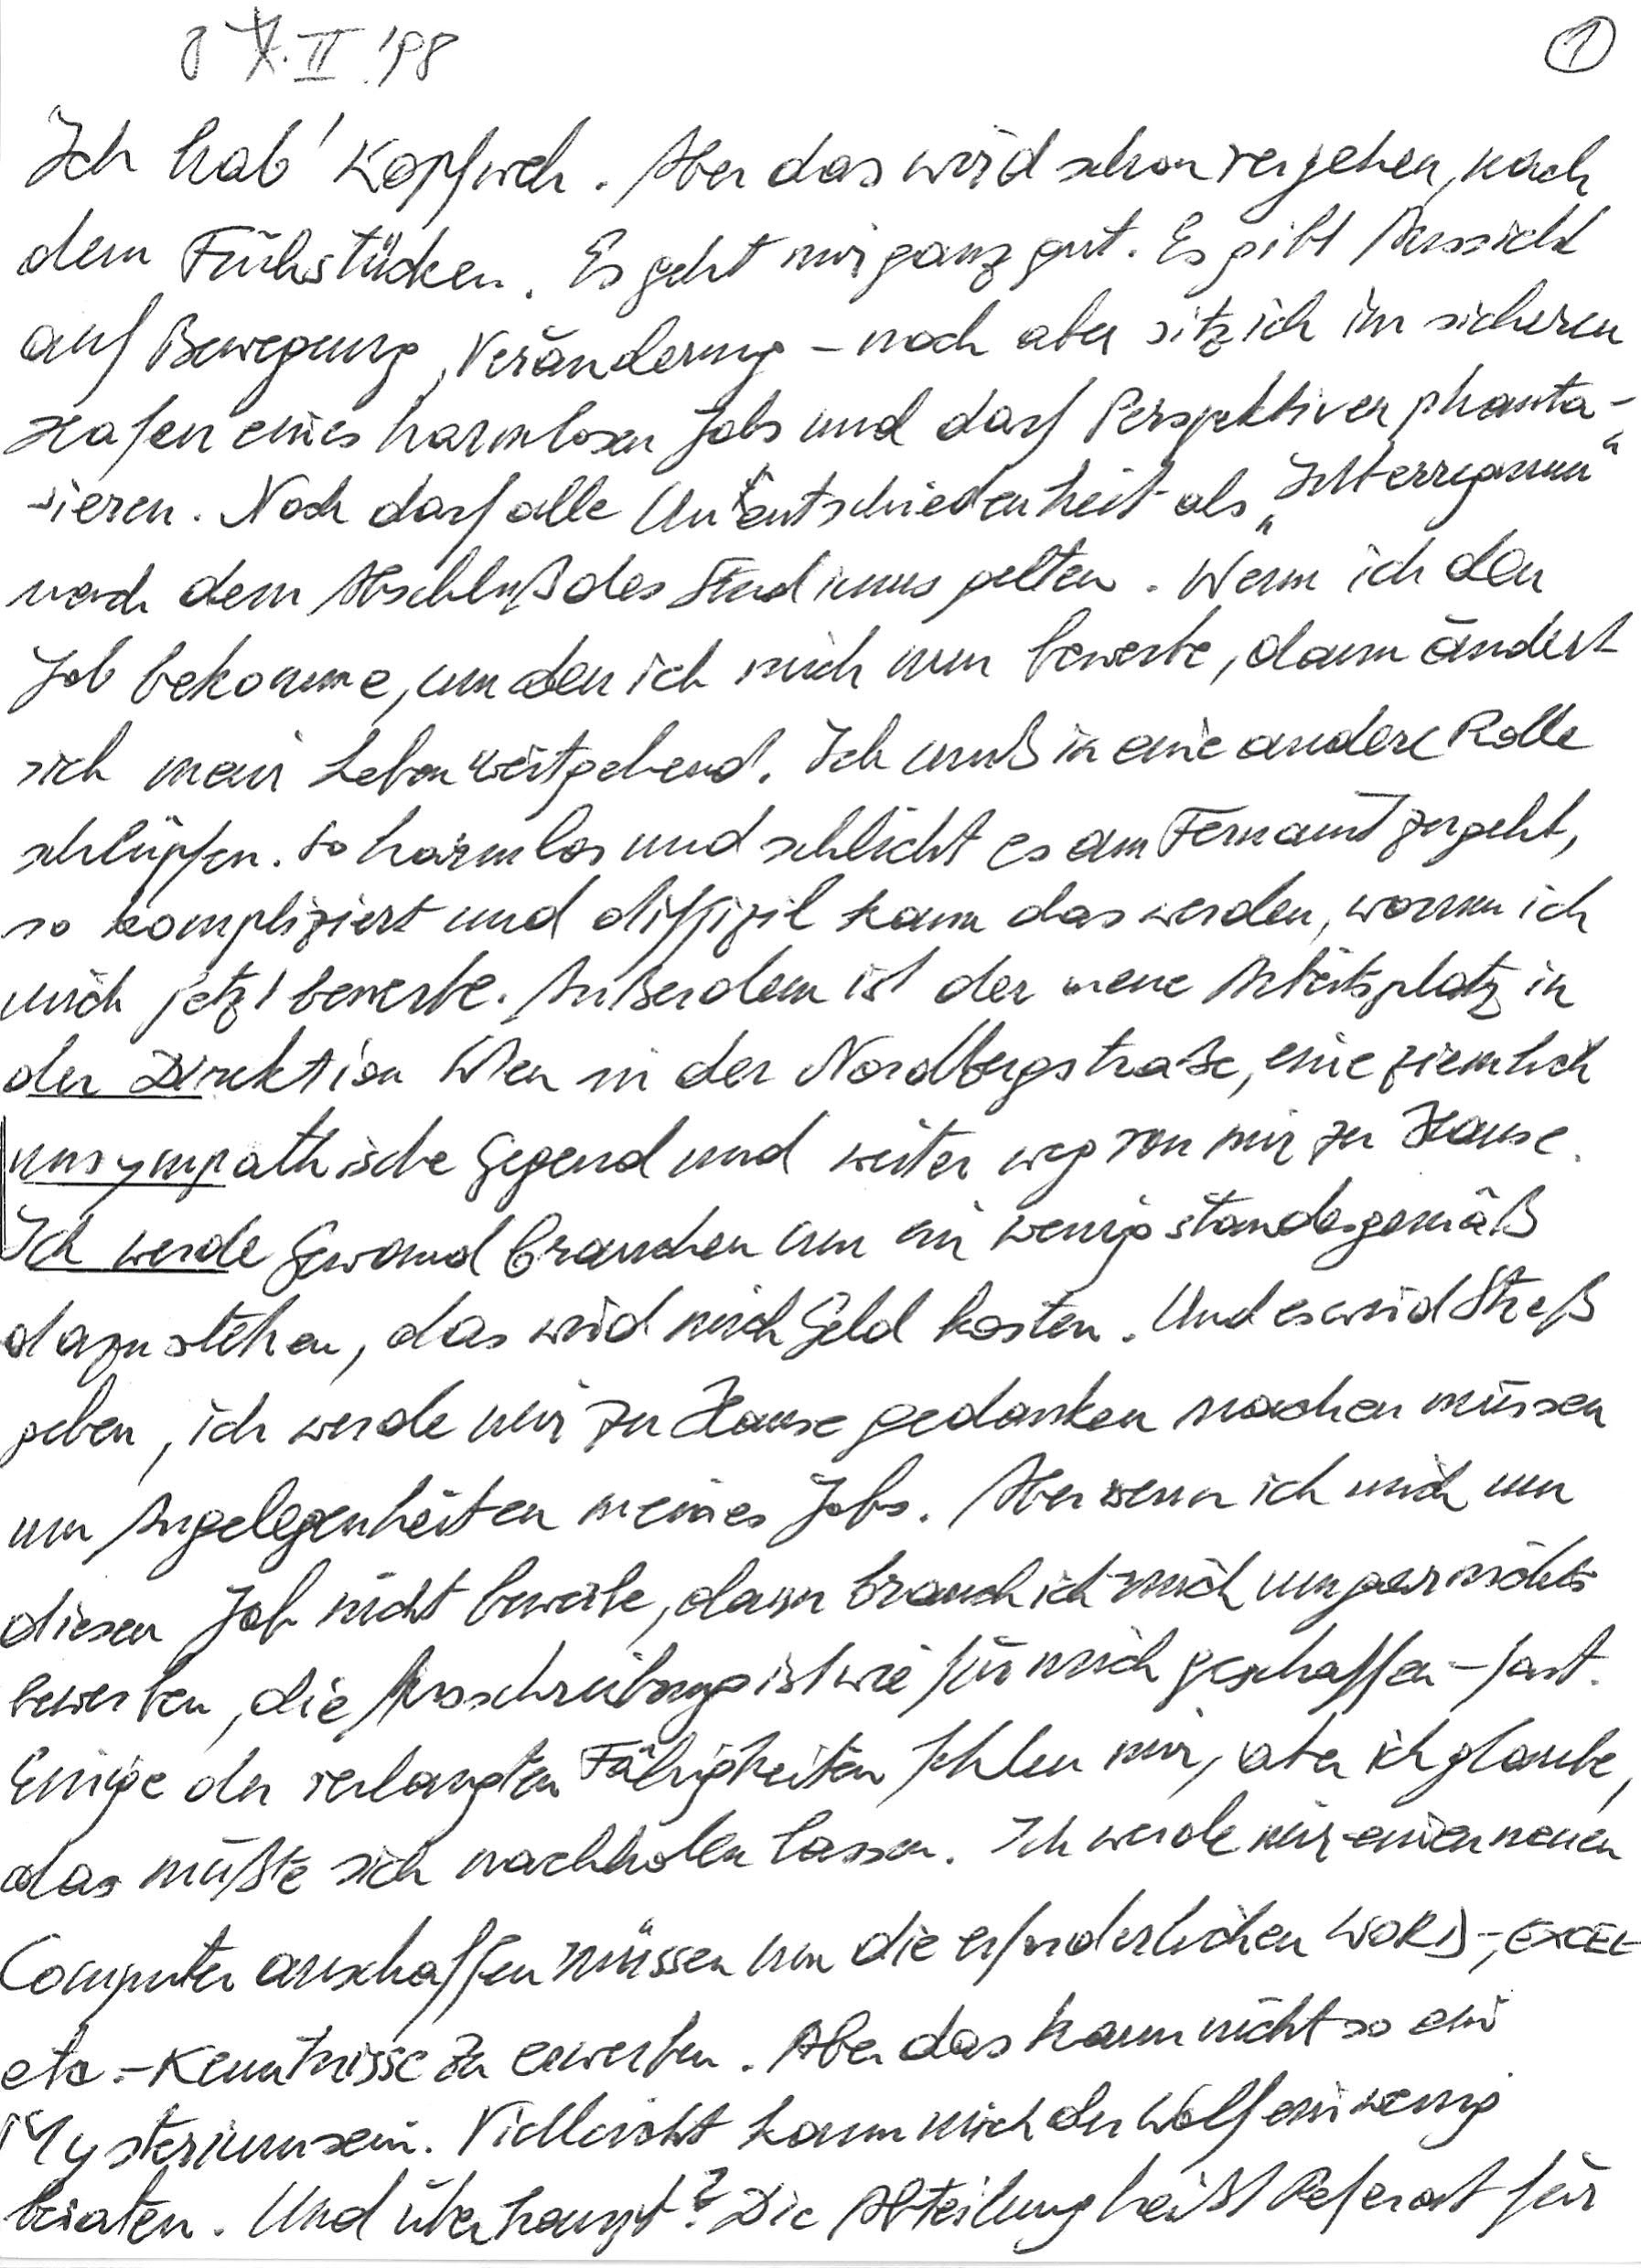
8. II. ‘98
Ich hab‘ Kopfweh. Aber das wird schon vergehen nach
dem Frühstücken. Es geht mir ganz gut. Es gibt Aussicht
auf Bewegung, Veränderung – noch aber sitz ich im sicheren
Hafen eines harmlosen Jobs und darf Perspektiven phanta-
sieren. Noch darf alle Unentschiedenheit als „Interregnum“
nach dem Abschluß des Studiums gelten. Wenn ich den
Job bekomme, um den ich mich nun bewerbe, dann ändert
sich mein Leben weitgehend. Ich muß in eine andere Rolle
schlüpfen. So harmlos und schlicht es am Fernamt zugeht,
so kompliziert und diffizil kann das werden, worum ich
mich jetzt bewerbe. Außerdem ist der neue Arbeitsplatz in
der Direktion Wien in der Nordbergstraße, eine ziemlich
unsympathische Gegend und weiter weg von mir zu Hause.
Ich werde Gewand brauchen um ein wenig standesgemäß
dazustehen, das wird mich Geld kosten. Und es wird Streß
geben, ich werde mir zu Hause Gedanken machen müssen
um Angelegenheiten meines Jobs. Aber wenn ich mich um
diesen Job nicht bewerbe, dann brauch ich mich um gar nichts
bewerben, die Ausschreibung ist wie für mich geschaffen – fast.
Einige der verlangten Fähigkeiten fehlen mir, aber ich glaube,
das müßte sich nachholen lassen. Ich werde mir einen neuen
Computer anschaffen müssen um die erforderlichen WORD-, EXCEL-
etc.-Kenntnisse zu erwerben. Aber das kann nicht so ein
Mysterium sein. Vielleicht kann mich der Wolf ein wenig
beraten. Und überhaupt? Die Abteilung heißt Referat für